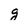
Character: g